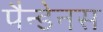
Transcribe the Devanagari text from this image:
पैन्डेनस